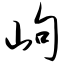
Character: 岣